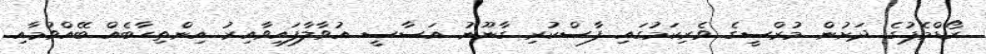
ރޯޑްމެޕުގެ ދަށުން މުރްސީގެ ވެރިކަމުގައި ފާސްކުރި ގާނޫނު އަސާސީ އުވާލާފައިވާއިރު އިންތިހާބެއް ބޭއްވުމާއި